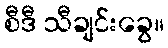
စီဒီ သီချင်းခွေ။